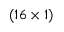
( 1 6 \times 1 )